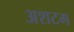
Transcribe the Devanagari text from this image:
अशटम